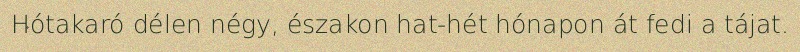
Hótakaró délen négy, északon hat-hét hónapon át fedi a tájat.